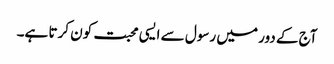
آج کے دور میں رسول سے ایسی محبت کون کرتا ہے۔